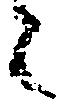
と